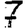
Digit: 7